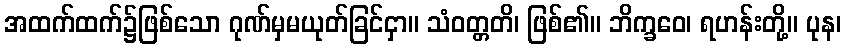
အထက်ထက်၌ဖြစ်သော ဂုဏ်မှမယုတ်ခြင်ငှာ။ သံဝတ္တတိ၊ ဖြစ်၏။ ဘိက္ခဝေ၊ ရဟန်းတို့။ ပုန၊